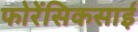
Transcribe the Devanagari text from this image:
फोरेंसिकसाई